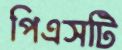
পিএসটি